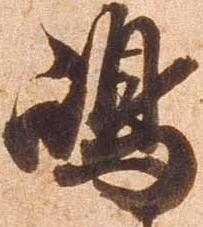
嶋